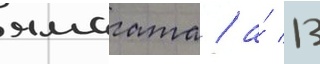
ямагата / а́ 13